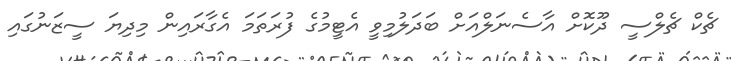
ޗެކް ޗެލްސީ ދޫކޮށް އާސެނަލްއަށް ބަދަލުމިވީ އެޓީމުގެ ފުރަތަމަ އެގާރައިން މިދިޔަ ސީޒަނުގައި